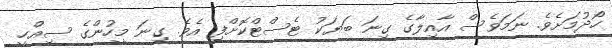
ހޯދުމަށެވެ. ނަމަވެސް އާއިލާގެ ގިނަ ބަޔަކު ޓެސްޓްކޮށްފި އެވެ. ގިނަ މީހުންގެ ސިއްހީ